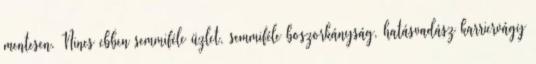
mentesen. Nincs ebben semmiféle üzlet, semmiféle boszorkányság, hatásvadász karriervágy